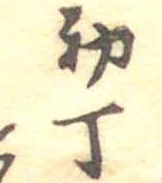
初丁